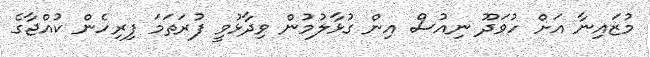
މުޒައިނާ އަށް ހުވަދޫ ނިއުސް އިން ގުޅާލުމުން ވިދާޅުވީ ފުރަތަމަ ފިރިހެން ކުއްޖާގެ